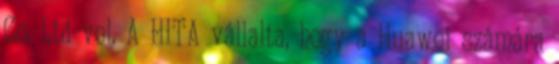
Co. Ltd-vel. A HITA vállalta, hogy a Huawei számára